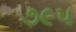
૭૯૫